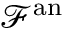
{ \mathcal { F } } ^ { \mathrm { a n } }